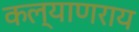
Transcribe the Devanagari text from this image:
कल्याणराय